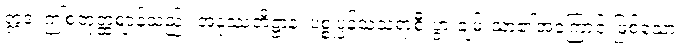
ဣဒံ၊ ဤစတုတ္ထဈာန်သည်။ အနုဿတိဋ္ဌာနံ၊ ပစ္စုပ္ပန်သံသရာစီးပွားချမ်းသာ၏အကြောင်းဖြစ်သော